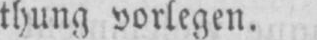
thung vorlegen.